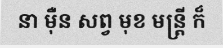
នា ម៉ឺន សព្វ មុខ មន្ត្រី ក៏